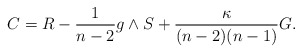
\begin{align*}C = R-\frac{1}{n-2}g\wedge S + \frac{\kappa }{(n-2)(n-1)}G.\end{align*}